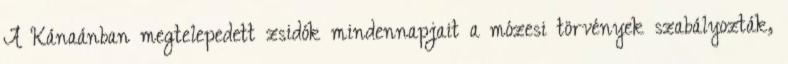
A Kánaánban megtelepedett zsidók mindennapjait a mózesi törvények szabályozták,